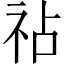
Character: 𫀅